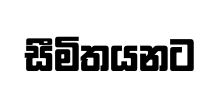
සීමිතයනට